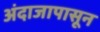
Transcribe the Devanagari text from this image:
अंदाजापासून